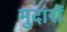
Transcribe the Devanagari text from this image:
मुदारों